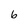
Character: 6